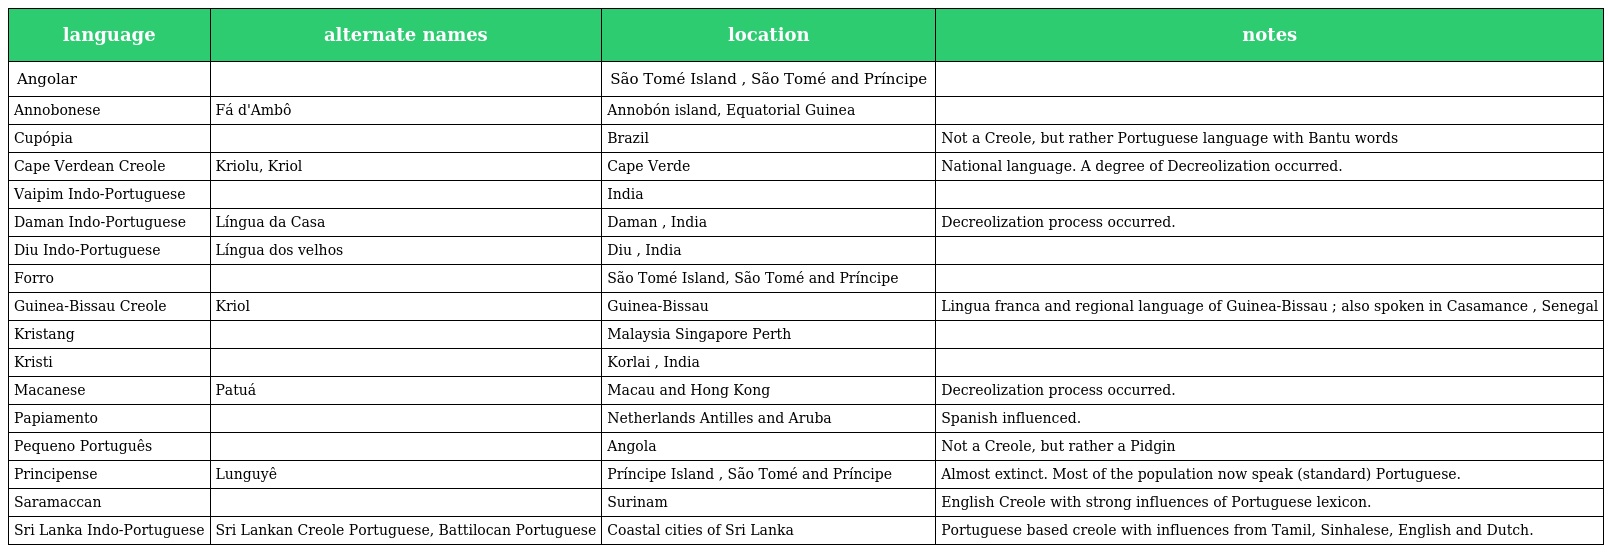
| language | alternate names | location | notes |
 | --- | --- | --- | --- |
 | Angolar |  | São Tomé Island , São Tomé and Príncipe |  |
 | Annobonese | Fá d'Ambô | Annobón island, Equatorial Guinea |  |
 | Cupópia |  | Brazil | Not a Creole, but rather Portuguese language with Bantu words |
 | Cape Verdean Creole | Kriolu, Kriol | Cape Verde | National language. A degree of Decreolization occurred. |
 | Vaipim Indo-Portuguese |  | India |  |
 | Daman Indo-Portuguese | Língua da Casa | Daman , India | Decreolization process occurred. |
 | Diu Indo-Portuguese | Língua dos velhos | Diu , India |  |
 | Forro |  | São Tomé Island, São Tomé and Príncipe |  |
 | Guinea-Bissau Creole | Kriol | Guinea-Bissau | Lingua franca and regional language of Guinea-Bissau ; also spoken in Casamance , Senegal |
 | Kristang |  | Malaysia Singapore Perth |  |
 | Kristi |  | Korlai , India |  |
 | Macanese | Patuá | Macau and Hong Kong | Decreolization process occurred. |
 | Papiamento |  | Netherlands Antilles and Aruba | Spanish influenced. |
 | Pequeno Português |  | Angola | Not a Creole, but rather a Pidgin |
 | Principense | Lunguyê | Príncipe Island , São Tomé and Príncipe | Almost extinct. Most of the population now speak (standard) Portuguese. |
 | Saramaccan |  | Surinam | English Creole with strong influences of Portuguese lexicon. |
 | Sri Lanka Indo-Portuguese | Sri Lankan Creole Portuguese, Battilocan Portuguese | Coastal cities of Sri Lanka | Portuguese based creole with influences from Tamil, Sinhalese, English and Dutch. |